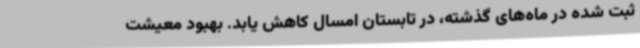
ثبت شده در ماه‌های گذشته، در تابستان امسال کاهش یابد. بهبود معیشت